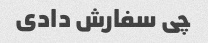
چی سفارش دادی